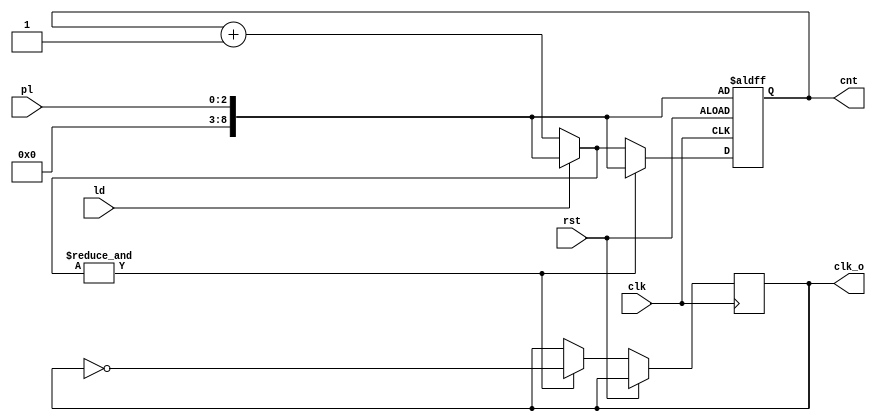
module freq_dev(clk,rst,pl,ld,clk_o,cnt);
input clk,rst,ld;
input [2:0]pl;
output reg clk_o=0;
output reg[8:0]cnt;
reg tog=0;
always @(posedge clk,posedge rst)begin
    if(rst)
        cnt={6'b0,pl};
    else begin
        if(ld)
            cnt={6'b0,pl};
        else
            cnt=cnt+1;
				if(&(cnt))begin
					clk_o=~clk_o;
					cnt={6'b0,pl};
					end
    end
end

endmodule